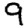
Digit: 9